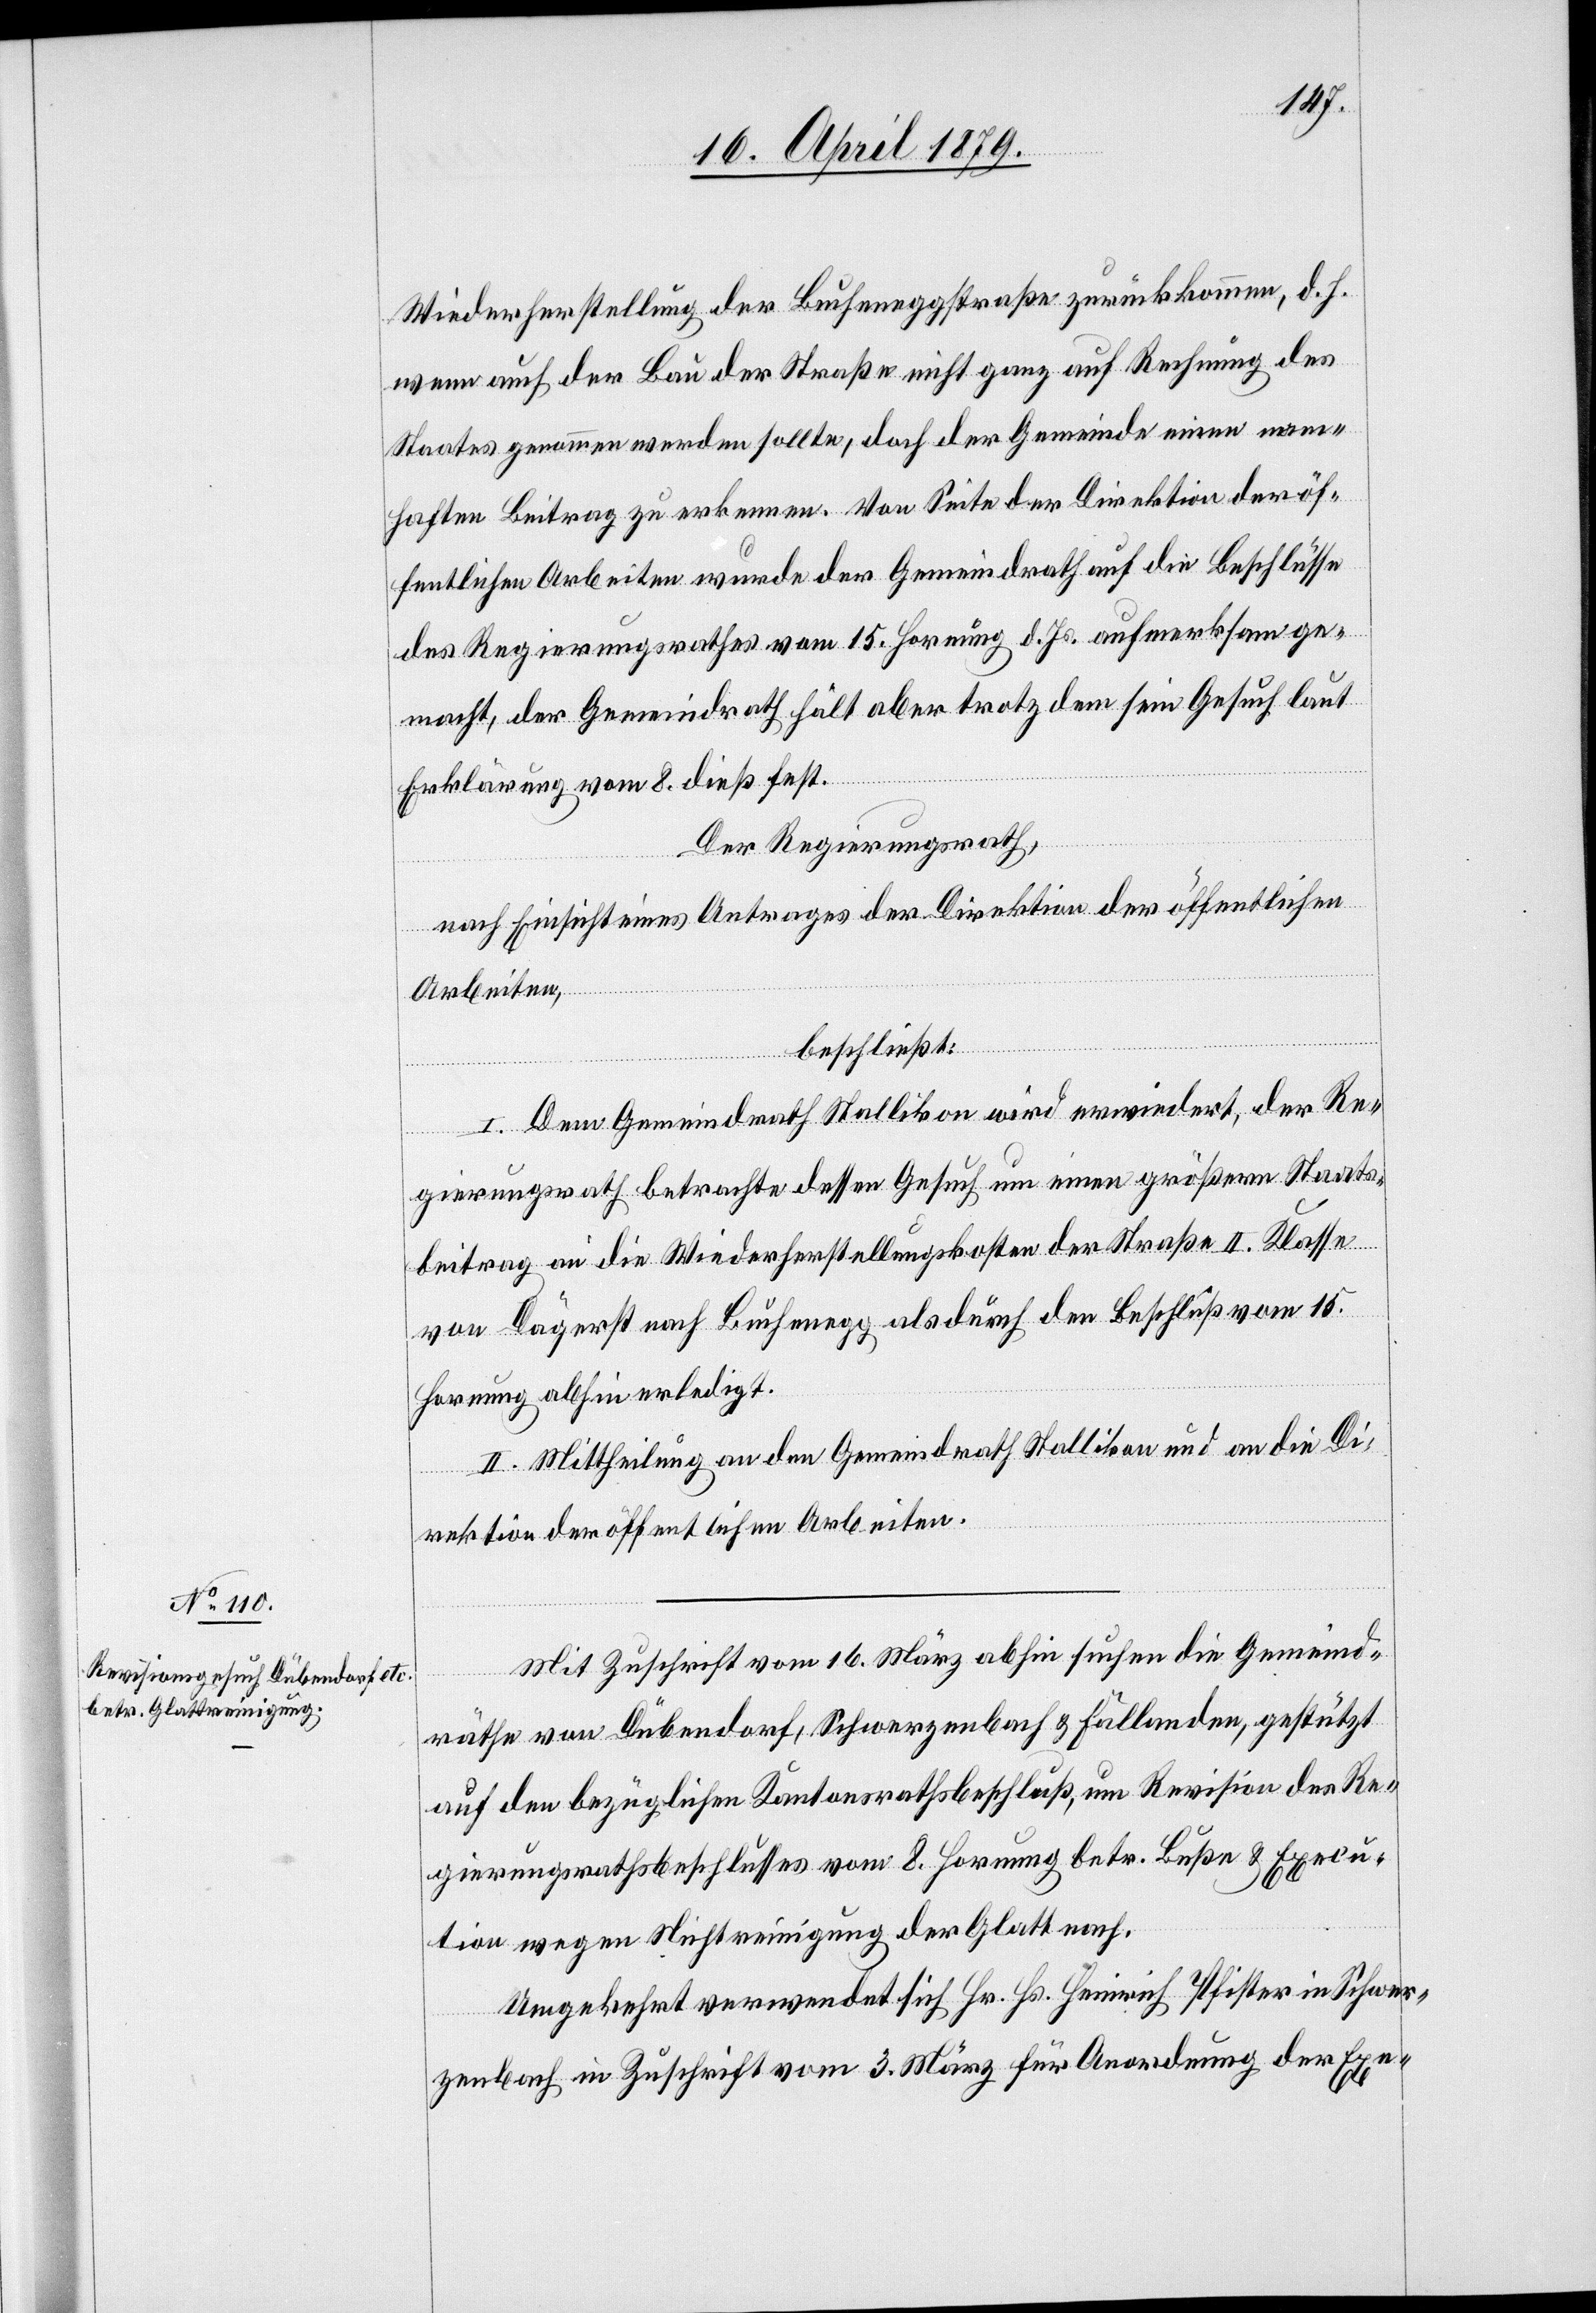
Wiederherstellung der Bucheneggstraße zurückkommen, d. h.
wenn auch der Bau der Straße nicht ganz auf Rechnung des
Staates genommen werden sollte, doch der Gemeinde einen nam¬
haften Beitrag zu erkennen. Von Seite der Direktion der öf¬
fentlichen Arbeiten wurde der Gemeindrath auf die Beschlüsse
des Regierungsrathes vom 15. Hornung d. Js. aufmerksam ge¬
macht, der Gemeindrath hält aber trotz dem sein Gesuch laut
Erklärung vom 8. dieß fest.
Der Regierungsrath,
nach Einsicht eines Antrages der Direktion der öffentlichen
Arbeiten,
beschließt:
I. Dem Gemeindrath Stallikon wird erwiedert, der Re¬
gierungsrath betrachte dessen Gesuch um einen größern Staats¬
beitrag an die Wiederherstellungskosten der Straße II. Klasse
von Dägerst nach Buchenegg als durch den Beschluß vom 15.
Hornung abhin erledigt.
II. Mittheilung an den Gemeindrath Stallikon und an die Di¬
rektion der öffentlichen Arbeiten.
Mit Zuschrift vom 16. März abhin suchen die Gemeind¬
räthe von Dübendorf, Schwerzenbach & Fällanden, gestützt
auf den bezüglichen Kantonsrathsbeschluß, um Revision des Re¬
gierungsrathsbeschlusses vom 8. Hornung betr. Buße & Execu¬
tion wegen Nichtreinigung der Glatt nach.
Umgekehrt verwendet sich Hr. Hs. Heinrich Pfister in Schwer¬
zenbach in Zuschrift vom 3. März für Anordnung der Exe-